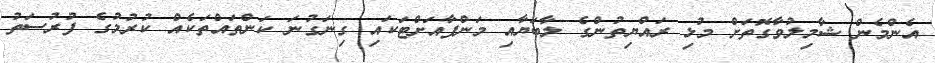
އެންމެން ޝާމިލުވާގޮތަށް މުޅި ރައްޔިތުންގެ ލާބަޔާއި މަންފާއަށްޓަކައި ގިނަގުނަ ކަންތައްތަކެއް ކުރުމުގެ ފުރުސަތު